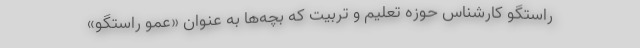
راستگو کارشناس حوزه تعلیم و تربیت که بچه‌ها به عنوان «عمو راستگو»